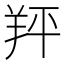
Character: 䍬